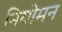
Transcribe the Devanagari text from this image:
नियोमन